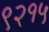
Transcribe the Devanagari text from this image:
९२१५